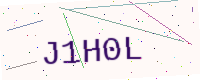
Text: J1H0L